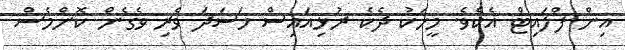
އިން ފްލައިޓް އެކެވެ. މީހަކު ދެކެ ރުޅިއައިސް ހަސަދަ ވެރި ވެގެން ކޮންމެސް